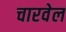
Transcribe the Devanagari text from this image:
चारवेल